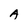
Character: A